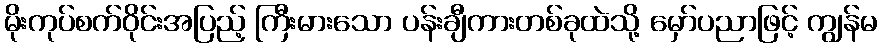
မိုးကုပ်စက်ဝိုင်းအပြည့် ကြီးမားသော ပန်းချီကားတစ်ခုထဲသို့ မှော်ပညာဖြင့် ကျွန်မ